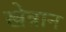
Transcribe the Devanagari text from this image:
खेत्रान